Suggestions for procedure with regard to school attendance under the Education (Scotland) Act, 1936, sections 1 to 3 and 5, 1936
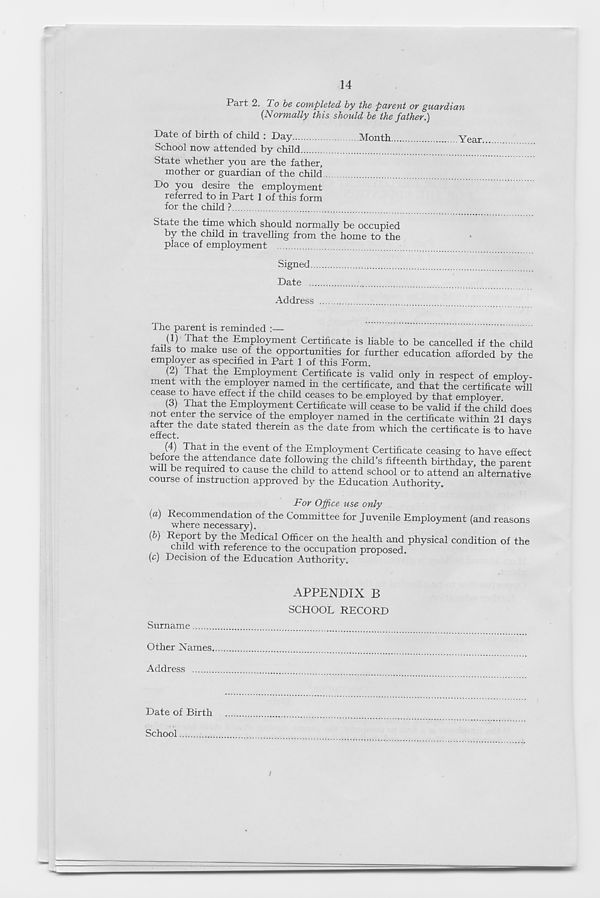
14
Part 2. To be completed by the pavewt ov gucivdicMi
{Normally this should be the father.)
Date of birth of child : Day
Month
Y
School now attended by child
State whether you are the father,
mother or guardian of the child
Do you desire the employment
referred to in Part 1 of this form
for the child ?
State the time which should normally be occupied
by the child in travelling from the home to the
place of employment
Signed
Date
Address
The parent is reminded :—
(1) That the Employment Certificate is liable to be cancelled if the child
fails to make use of the opportunities for further education afforded by the
employer as ■specified in Part 1 of this Form.
{<1 )
the Employment Certificate is valid only in respect of employ-
ment with the employer named in the certificate, and that the certificate will
cease to have effect if the child ceases to be employed by that employer.
(3) Chat the Employment Certificate will cease to be valid if the child does
A' ei^er
service of th e employer named in the certificate within 21 days
effect^ datG Stated tlierein as the date from which the certificate is to have
(4) That in the event of the Employment Certificate ceasing to have effect
before the attendance date following the child’s fifteenth birthday, the parent
will be required to cause the child to attend school or to attend an alternative
course of instruction approved by the Education Authority.
For Office use only
{a) Kecommendation of the Committee for Juvenile Employment (and reasons
where necessary).
{b) Report by the Medical Officer on the health and physical condition of the
child with reference to the occupation proposed.
(c) Decision of the Education Authority.
APPENDIX B
SCHOOL RECORD
Surname
Other Names
Address
Date of Birth
School
/